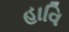
હાવિ